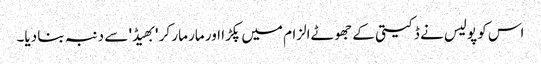
اس کو پولیس نے ڈکیتی کے جھوٹےالزام میں پکڑا اور مار مار کر 'بھیڈ' سے دنبہ بنا دیا۔